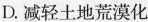
D.减轻土地荒漠化